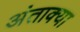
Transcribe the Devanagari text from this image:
अंताक्या